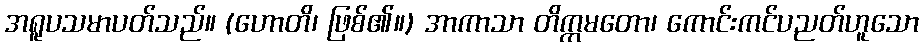
အရူပသမာပတ်သည်။ (ဟောတိ၊ ဖြစ်၏။) အာကာသာ တိက္ကမတော၊ ကောင်းကင်ပညတ်ဟူသော